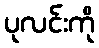
ပုလင်းကို